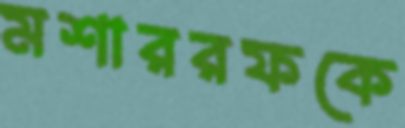
মশাররফকে